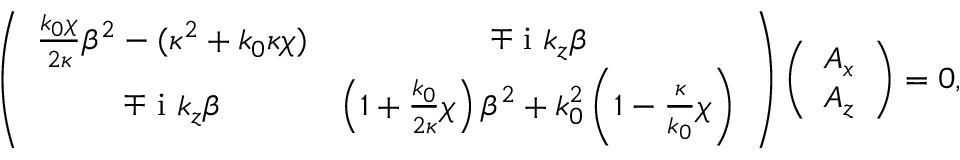
\left( \begin{array} { c c } { \frac { k _ { 0 } \chi } { 2 \kappa } \beta ^ { 2 } - ( \kappa ^ { 2 } + k _ { 0 } \kappa \chi ) } & { \mp \mathrm { ~ i ~ } k _ { z } \beta } \\ { \mp \mathrm { ~ i ~ } k _ { z } \beta } & { \left( 1 + \frac { k _ { 0 } } { 2 \kappa } \chi \right) \beta ^ { 2 } + k _ { 0 } ^ { 2 } \left( 1 - \frac { \kappa } { k _ { 0 } } \chi \right) } \end{array} \right) \left( \begin{array} { c } { A _ { x } } \\ { A _ { z } } \end{array} \right) = 0 ,